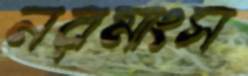
নরমাংস